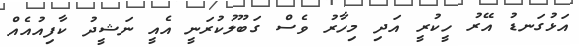
އަޅުގަނޑު އޭރު ހީކުރީ އަދި މިހާރު ވެސް ގަބޫލުކުރަނީ އެއީ ނަޝީދު ކާފިއުއެއް